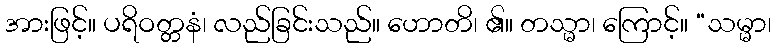
အားဖြင့်။ ပရိဝတ္တနံ၊ လည်ခြင်းသည်။ ဟောတိ၊ ၏။ တသ္မာ၊ ကြောင့်။ “သမ္မာ၊